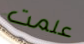
علمت